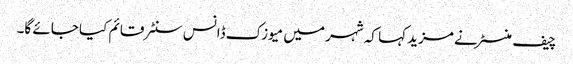
چیف منسٹر نے مزید کہا کہ شہر میں میوزک ڈانس سنٹر قائم کیا جائے گا۔